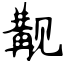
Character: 觏